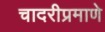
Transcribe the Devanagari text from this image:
चादरीप्रमाणे